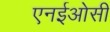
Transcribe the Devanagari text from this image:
एनईओसी